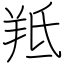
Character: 羝